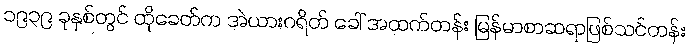
၁၉၃၉ ခုနှစ်တွင် ထိုခေတ်က အဲယားဂရိတ် ခေါ် အထက်တန်း မြန်မာစာဆရာဖြစ်သင်တန်း